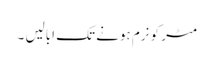
مٹر کو نرم ہونے تک ابالیں ۔